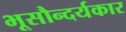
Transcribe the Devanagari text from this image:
भूसौन्दर्यकार